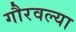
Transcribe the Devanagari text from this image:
गौरवल्या